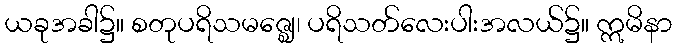
ယခုအခါ၌။ စတုပရိသမဇ္ဈေ၊ ပရိသတ်လေးပါးအလယ်၌။ ဣမိနာ